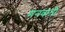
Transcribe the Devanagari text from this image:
मनवाती